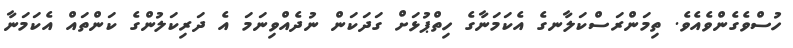
ހުސްވެގެންވެއެވެ. ތިމަންރަސްކަލާނގެ އެކަމަނާގެ ހިތްޕުޅަށް ގަދަކަން ނުދެއްވިނަމަ އެ ދަރިކަލުންގެ ކަންތައް އެކަމަނާ